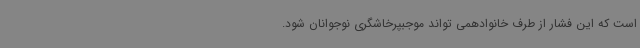
است که این فشار از طرف خانوادهمی تواند موجبپرخاشگری نوجوانان شود.